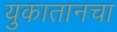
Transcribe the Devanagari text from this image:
युकातानचा